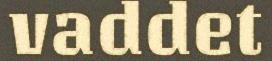
vaddet